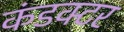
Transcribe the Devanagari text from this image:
कंडक्‍टर